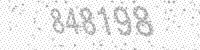
Solution: 848198